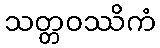
သတ္တဝဿိကံ